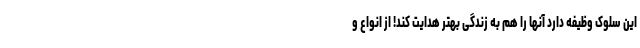
این سلوک وظیفه دارد آنها را هم به زندگی بهتر هدایت کند! از انواع و